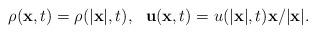
LaTeX: \begin{align*}\rho({\bf x}, t) = \rho(|{\bf x}|, t), \ \ {\bf u}({\bf x}, t) = u(|{\bf x}|, t) {\bf x} /|{\bf x}|. \end{align*}